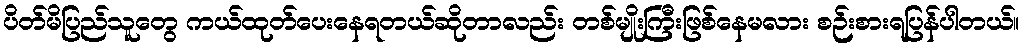
ပိတ်မိပြည်သူတွေ ကယ်ထုတ်ပေးနေရတယ်ဆိုတာလည်း တစ်မျိုးကြီးဖြစ်နေမလား စဉ်းစားရပြန်ပါတယ်။